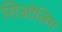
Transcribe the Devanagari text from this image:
सिओलिम